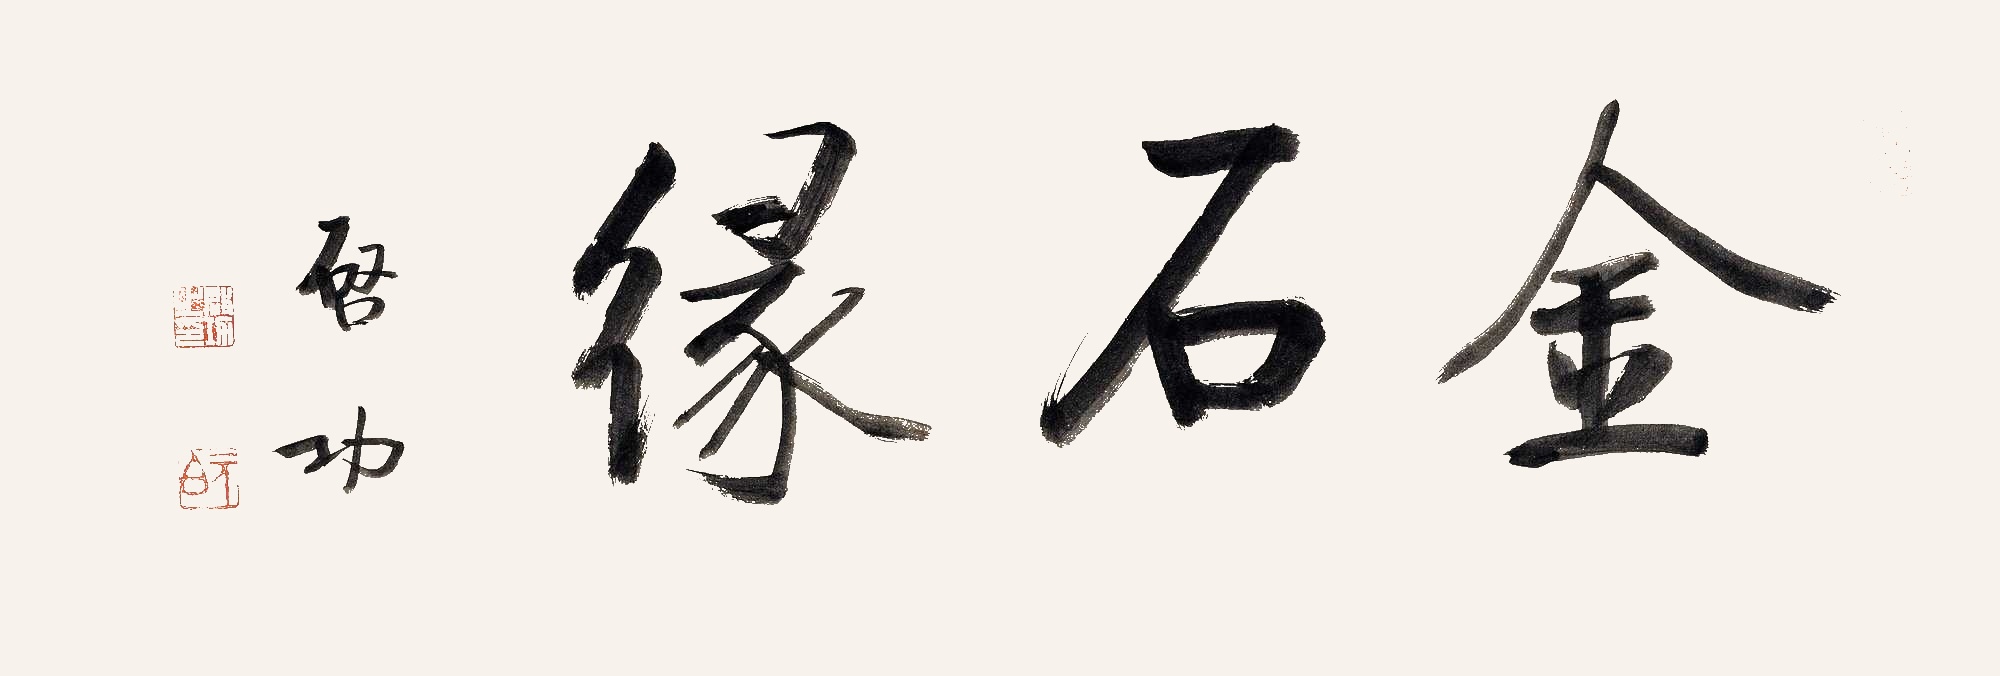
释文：金石缘。启功。